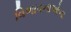
વિભાવનાઓના